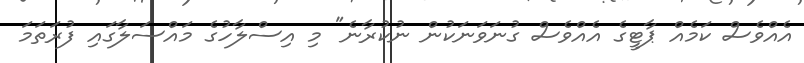
އެއްވެސް ކަމެއް ޕާޓީގެ އެއްވެސް ގުނަވަނަކުން ނުކުރާނެ" މި އިސްލާހުގެ މައްސަލާގައި ފުރަތަމަ